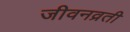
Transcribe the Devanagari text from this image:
जीवनव्रती